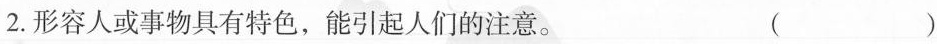
2.形容人或事物具有特色，能引起人们的注意。 ( )